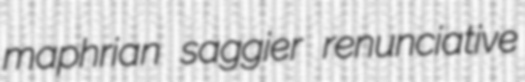
maphrian saggier renunciative